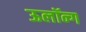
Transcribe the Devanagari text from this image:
ऊलॉन्ग